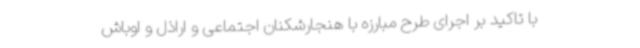
با تاکید بر اجرای طرح مبارزه با هنجارشکنان اجتماعی و اراذل و اوباش